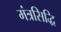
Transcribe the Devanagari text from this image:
मंत्रसिद्धि